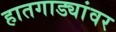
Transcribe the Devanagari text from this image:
हातगाड्यांवर